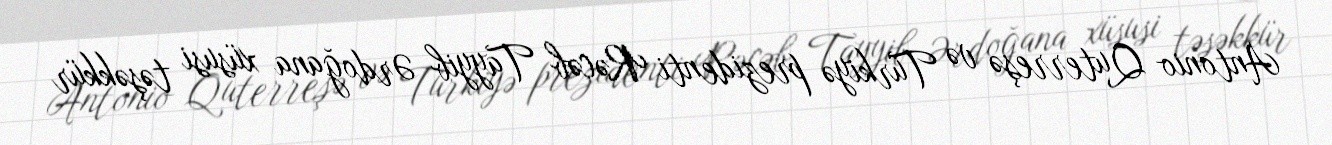
Antonio Quterreşə və Türkiyə prezidenti Rəcəb Tayyib Ərdoğana xüsusi təşəkkür